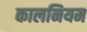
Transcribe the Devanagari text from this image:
कालनियम